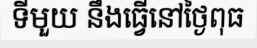
ទីមួយ នឹងធ្វើនៅថ្ងៃពុធ